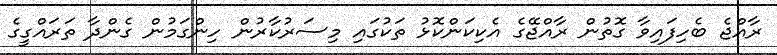
ރާއްޖެ ބެހިފައިވާ ގޮތުން ރާއްޖޭގެ އެކިކަންކޮޅު ތަކުގައި މިސަރުކާރުން ހިންގަމުން ގެންދާ ތަރައްގީގެ